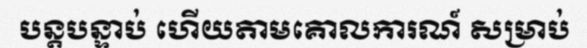
បន្តបន្ទាប់ ហើយតាមគោលការណ៍ សម្រាប់